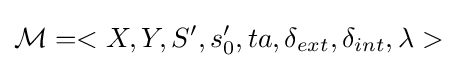
{\mathcal {M}}=<X,Y,S',s_{0}',ta,\delta _{ext},\delta _{int},\lambda >